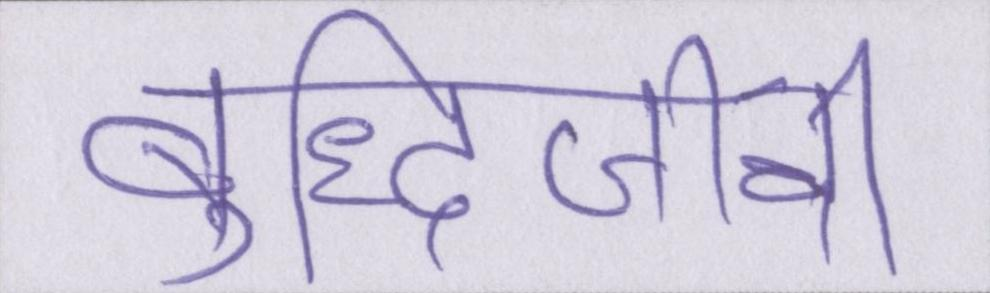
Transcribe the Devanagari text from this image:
बुद्धिजीवी